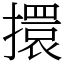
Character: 擐